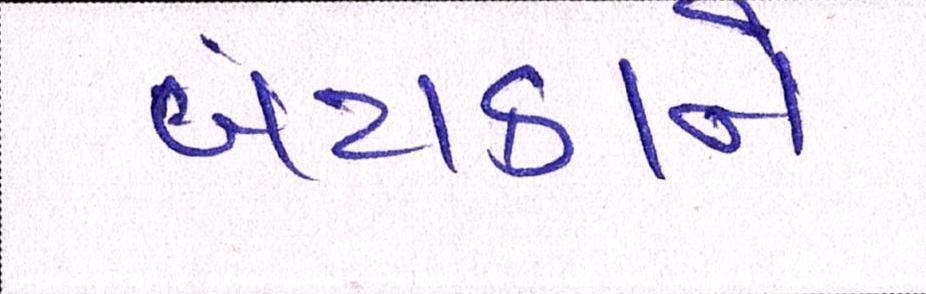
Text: બટાકાને